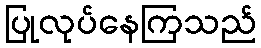
ပြုလုပ်နေကြသည်